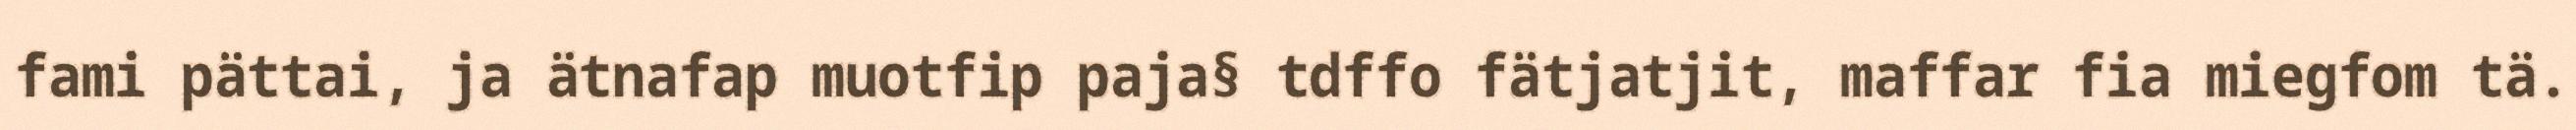
fami pättai, ja ätnafap muotfip paja§ tdffo fätjatjit, maffar fia miegfom tä.